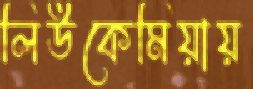
লিউকেমিয়ায়